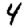
Digit: 4